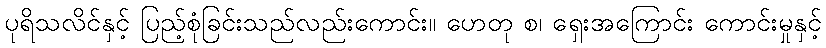
ပုရိသလိင်နှင့် ပြည့်စုံခြင်းသည်လည်းကောင်း။ ဟေတု စ၊ ရှေးအကြောင်း ကောင်းမှုနှင့်